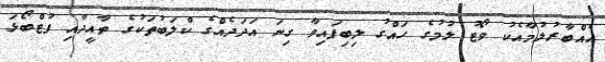
އެއްބާރުލުމާއެކު ވޯޓު ލުމުގެ ހައްގު ލިބިފައިވާ ގިނަ އަދަދެއްގެ ކްލަބުތަކުގެ ތާއީދާއި ފުޓްބޯޅަ